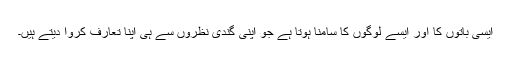
ایسی باتوں کا اور ایسے لوگوں کا سامنا ہوتا ہے جو اپنی گندی نظروں سے ہی اپنا تعارف کروا دیتے ہیں۔